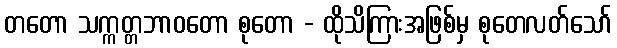
တတော သက္ကတ္တဘာဝတော စုတော - ထိုသိကြားအဖြစ်မှ စုတေလတ်သော်